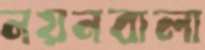
নয়নবালা